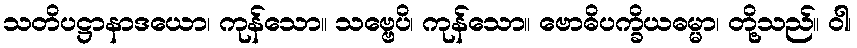
သတိပဋ္ဌာနာဒယော၊ ကုန်သော။ သဗ္ဗေပိ၊ ကုန်သော။ ဗောဓိပက္ခိယဓမ္မာ၊ တို့သည်။ ဝါ၊